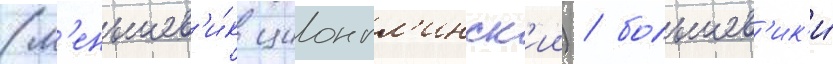
(м'еньшев'и́к ционгл'инск'ии) / большев'ик'и́